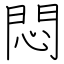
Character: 悶